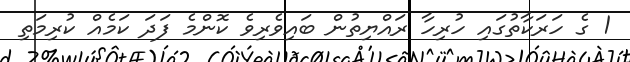
1 ގެ ހަރަކާތުގައި ހުރިހާ ރައްޔިތުން ބައިވެރިވެ ކޮންމެ ފަދަ ކަމެއް ކުރިމަތި